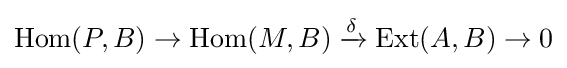
\operatorname {Hom} (P,B)\to \operatorname {Hom} (M,B)\xrightarrow {\delta } \operatorname {Ext} (A,B)\to 0